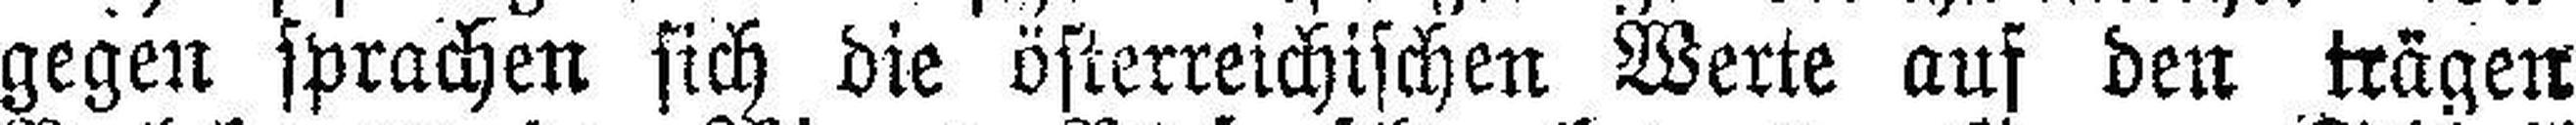
gegen sprachen sich die österreichischen Werte auf den trägen